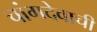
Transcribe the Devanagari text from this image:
चांगदेवाची